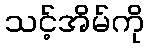
သင့်အိမ်ကို